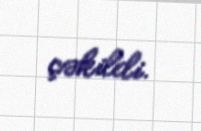
çəkildi.